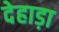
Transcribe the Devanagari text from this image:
देहाड़ा